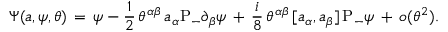
\Psi ( a , \psi , \theta ) \, = \, \psi - \frac { 1 } { 2 } \, \theta ^ { \alpha \beta } \, a _ { \alpha } \mathrm { P } _ { - } \partial _ { \beta } \psi \, + \, \frac { i } { 8 } \, \theta ^ { \alpha \beta } \, [ a _ { \alpha } , a _ { \beta } ] \, \mathrm { P } _ { - } \psi \, + \, o ( \theta ^ { 2 } ) .